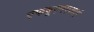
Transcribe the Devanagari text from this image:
एफयूएनएआई